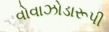
વોવાઝોડારૂપી